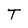
Character: T